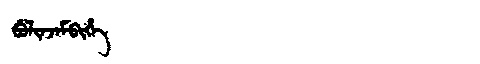
Manchu: ᠪᡠᠯᡳᠨᠵᠠᠮᠪᡳᡥᡝ
Romanization: BULINJAMBIHE